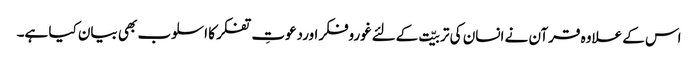
اس کے علاوہ قرآن نے انسان کی تربیّت کےلئےغوروفکراوردعوتِ تفکر کا اسلوب بھی بیان کیا ہے۔